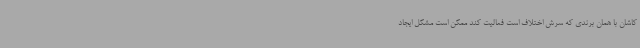
کاشان با همان برندی که سرش اختلاف است فعالیت کند ممکن است مشکل ایجاد